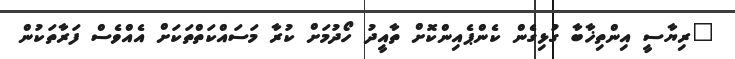
"ރިޔާސީ އިންތިޚާބާ ގުޅިގެން ކެންޕެއިންކޮށް ތާއީދު ހޯދުމަށް ކުރާ މަސައްކަތްތަކަށް އެއްވެސް ފަރާތަކުން